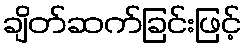
ချိတ်ဆက်ခြင်းဖြင့်